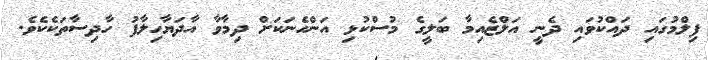
ފިލްމުގައި ދައްކުވައި ދެނީ އަލްޒެއިމާ ބަލީގެ މުސްކުޅި އަންހެނަކަށް ދިމާވާ އާދަޔާހިލާފު ހާދިސާތަކެކެވެ.